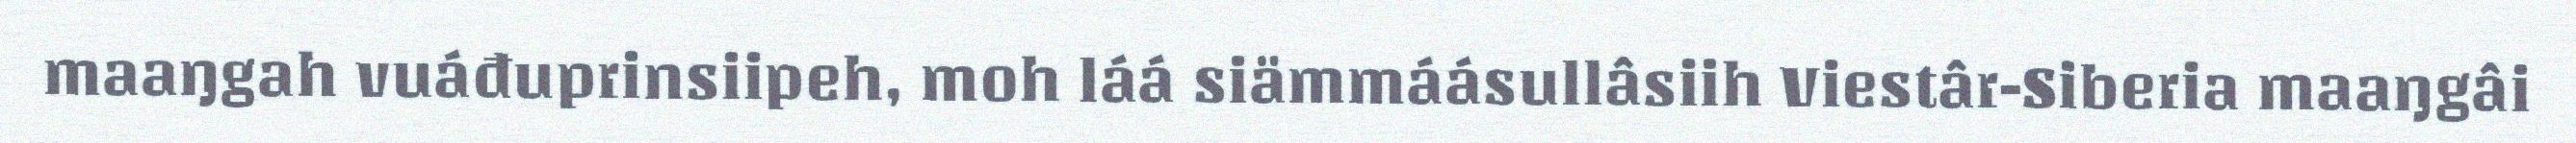
maaŋgah vuáđuprinsiipeh, moh láá siämmáásullâsiih Viestâr-Siberia maaŋgâi